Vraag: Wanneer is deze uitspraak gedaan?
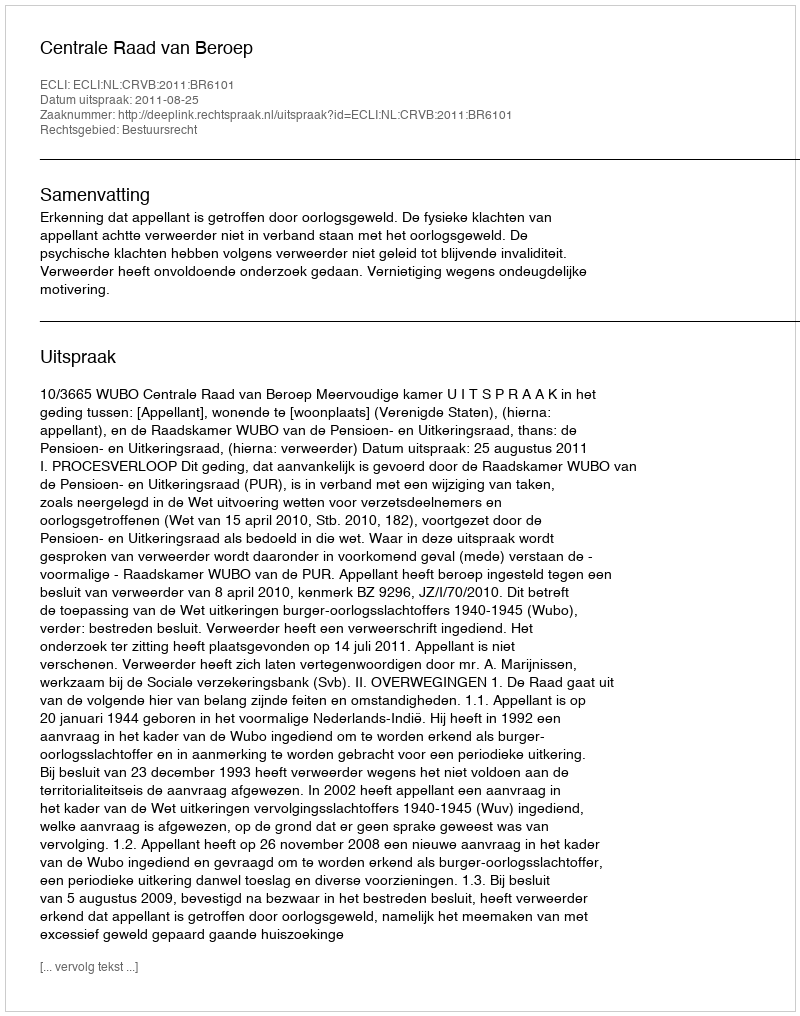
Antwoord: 2011-08-25